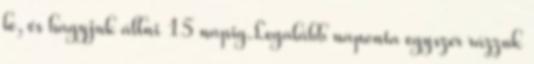
le, és hagyjuk állni 15 napig.Legalább naponta egyszer rázzuk